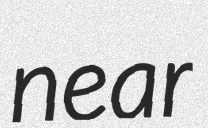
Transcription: near